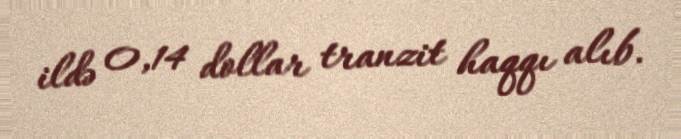
ildə 0,14 dollar tranzit haqqı alıb.